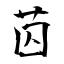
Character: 苬